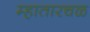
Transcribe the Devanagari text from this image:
म्हातारचळ